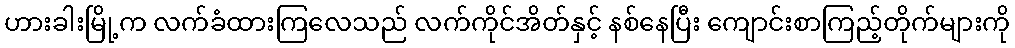
ဟားခါးမြို့က လက်ခံထားကြလေသည် လက်ကိုင်အိတ်နှင့် နစ်နေပြီး ကျောင်းစာကြည့်တိုက်များကို